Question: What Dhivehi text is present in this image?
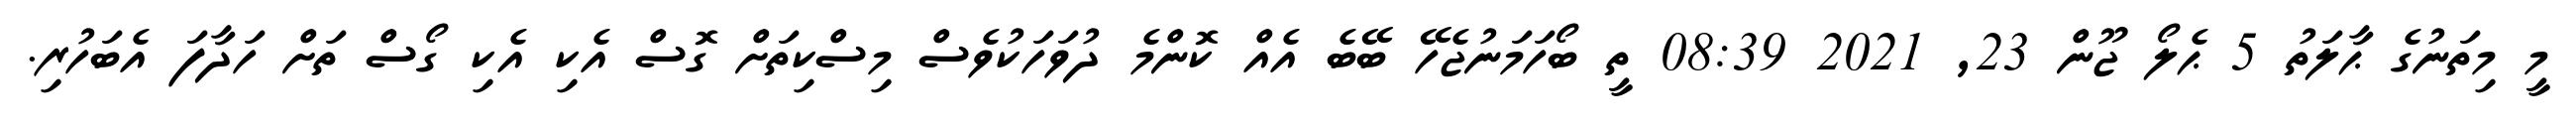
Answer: މީ މިތަނުގެ ޙާލަތު 5 ޙެލޯ ޖޫން 23, 2021 08:39 ތީ ބޯހަމަނުޖެހޭ ބޭބެ އެއް ކޮންމެ ދުވަހަކުވެސް މިސްކިތަށް ގޮސް އެކި އެކި ގޯސް ތަށް ހަދާފަ އެބަހުރި.